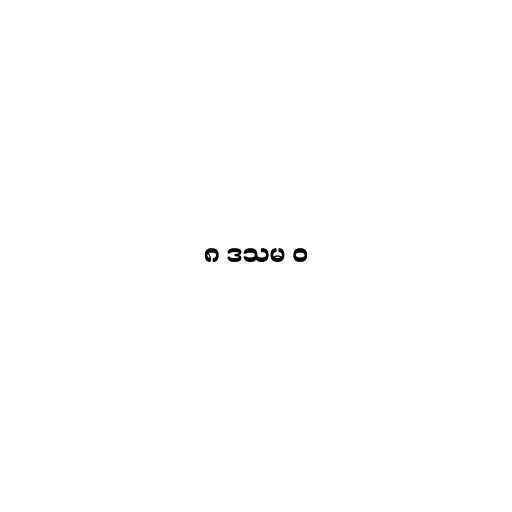
၈ ဒသမ ၀